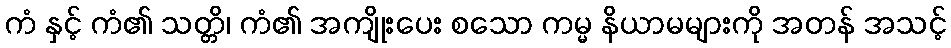
ကံ နှင့် ကံ၏ သတ္တိ၊ ကံ၏ အကျိုးပေး စသော ကမ္မ နိယာမများကို အတန် အသင့်